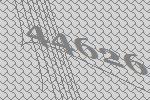
44626